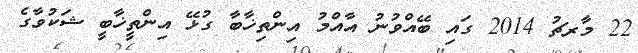
22 މާރޗު 2014 ގައި ބޭއްވުނު އާއްމު އިންތިޚާބާ ގުޅޭ އިންތީޚާބީ ޝަކުވާގެ